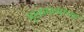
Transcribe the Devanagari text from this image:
मुख्यमंत्र्यांच्‍या